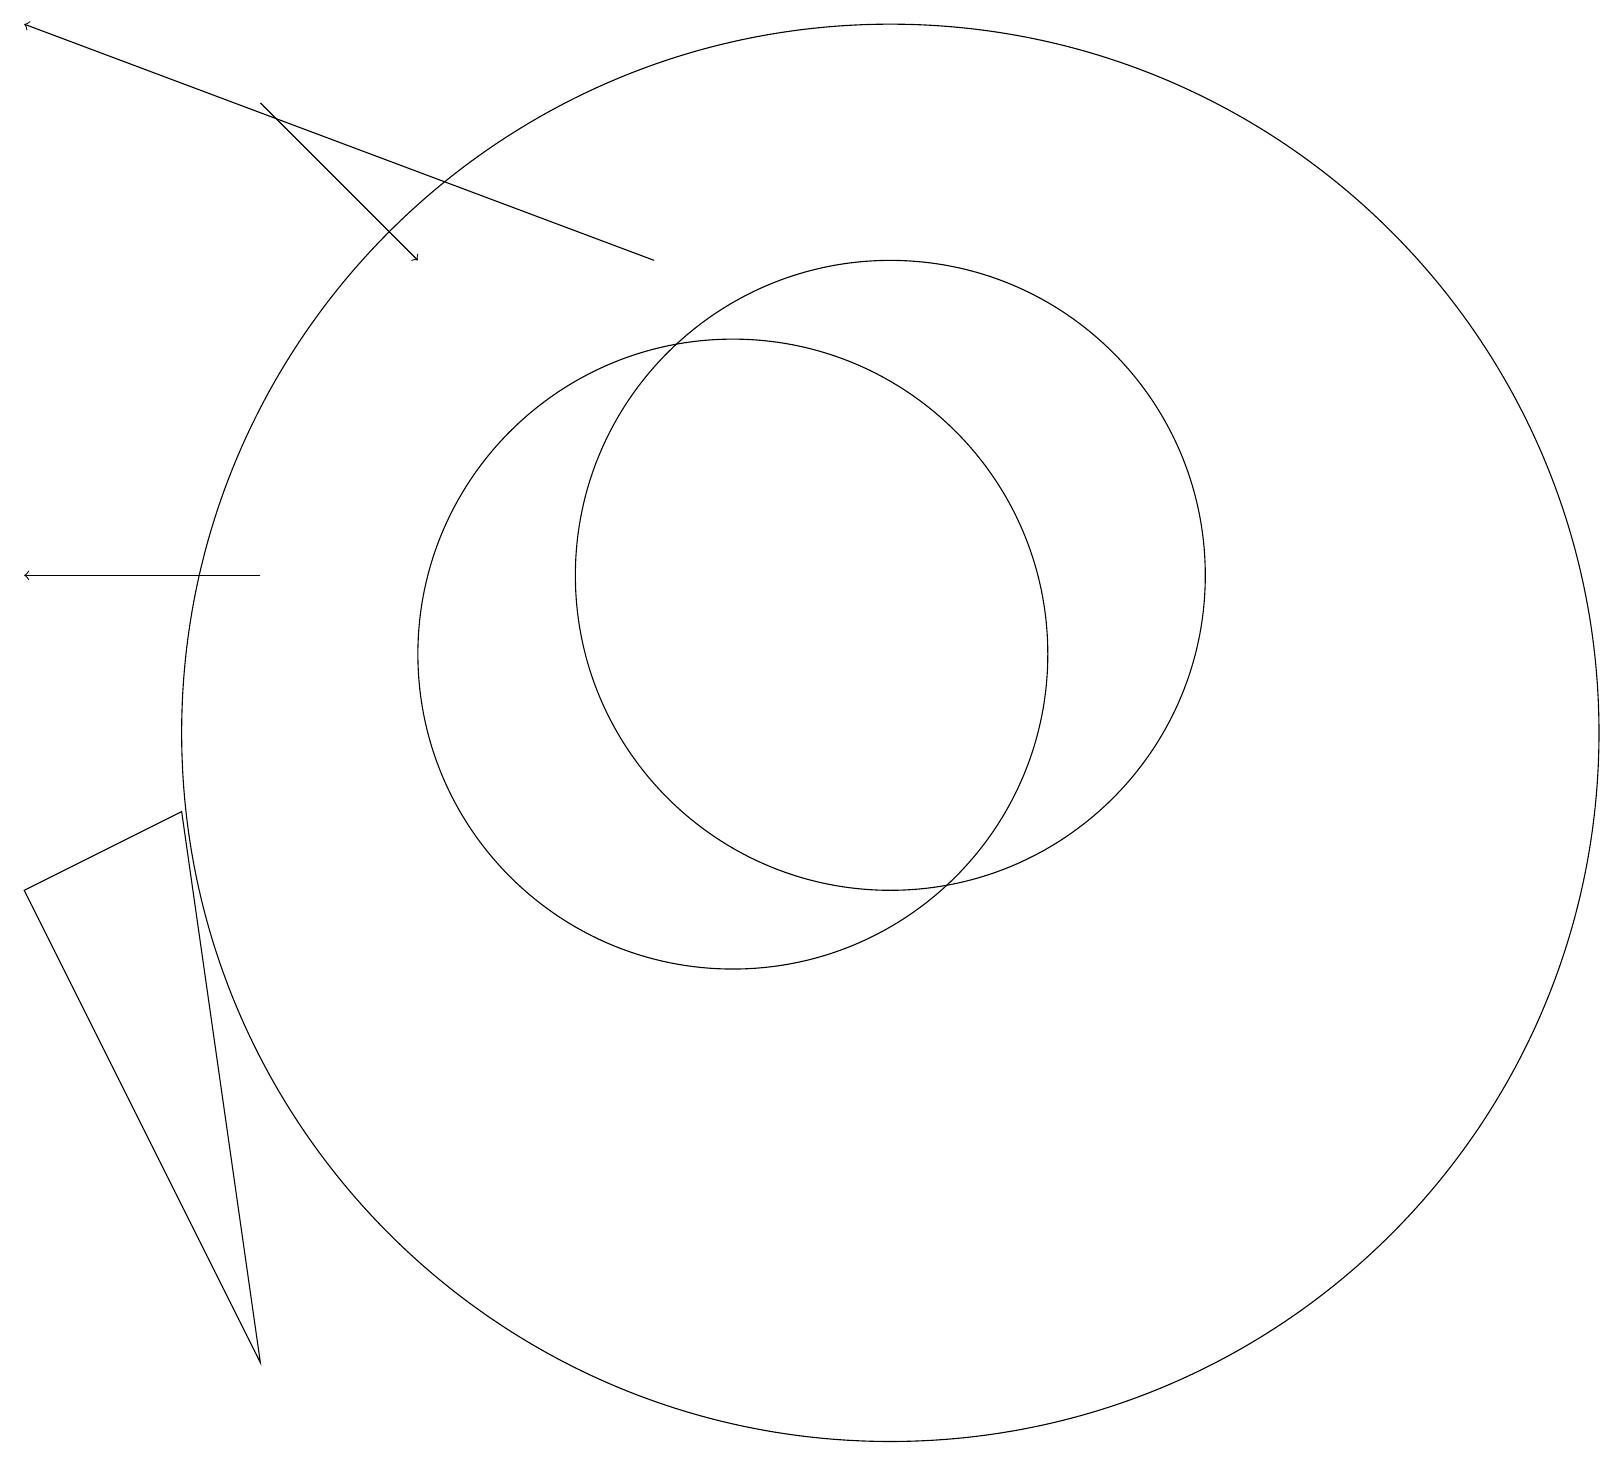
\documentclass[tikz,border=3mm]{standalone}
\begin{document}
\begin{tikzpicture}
\draw[->] (4,18) -- (6,16);
\draw (10,11) circle (4);
\draw (12,10) circle (9);
\draw[->] (4,12) -- (1,12);
\draw (12,12) circle (4);
\draw[->] (9,16) -- (1,19);
\draw (3,9) -- (1,8) -- (4,2) -- cycle;
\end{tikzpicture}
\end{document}